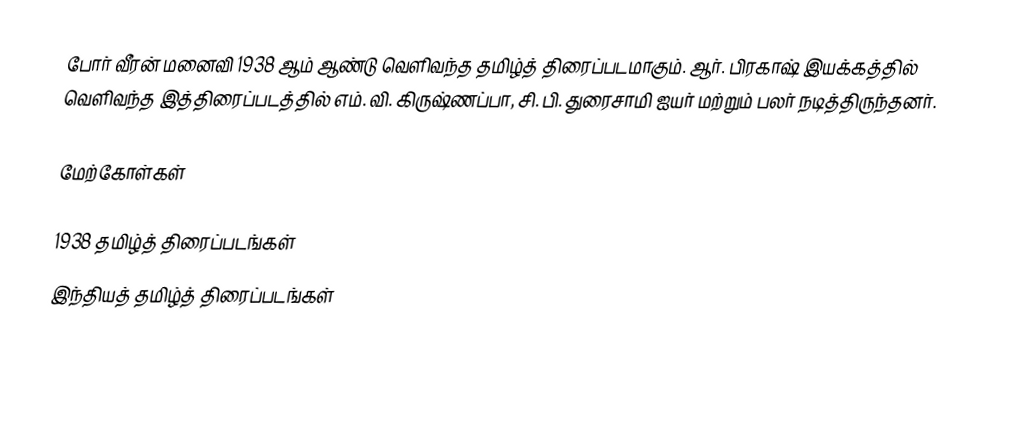
போர் வீரன் மனைவி 1938 ஆம் ஆண்டு வெளிவந்த தமிழ்த் திரைப்படமாகும். ஆர். பிரகாஷ் இயக்கத்தில் வெளிவந்த இத்திரைப்படத்தில் எம். வி. கிருஷ்ணப்பா, சி. பி. துரைசாமி ஐயர் மற்றும் பலர் நடித்திருந்தனர்.

மேற்கோள்கள்

1938 தமிழ்த் திரைப்படங்கள்
இந்தியத் தமிழ்த் திரைப்படங்கள்